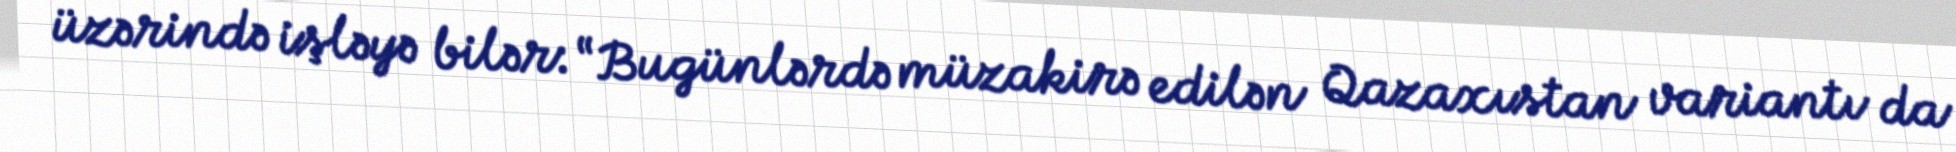
üzərində işləyə bilər: “Bugünlərdə müzakirə edilən Qazaxıstan variantı da